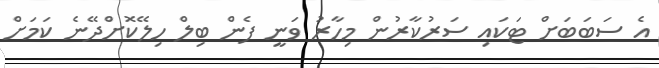
އެ ސަބަބަށް ޓަކައި ސަރުކާރުން މިހާރު ވަނީ ފެން ބިލް ހިލޭކޮށްދޭނެ ކަމަށް